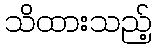
သိထားသည့်